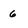
Character: 6